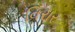
વિરાર